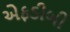
એફડીબી